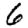
Digit: 6